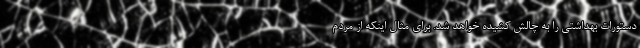
دستورات بهداشتی را به چالش کشیده خواهد شد. برای مثال اینکه از مردم